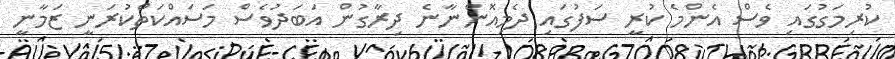
ކުރިމަގުގައި ވެސް އެންމެ ކުރީ ސަފުގައި ދެމިއޮންނާނެ ދިރާގުން އަބަދުވެސް މަސައްކަތްކުރަނީ ޒަމާނީ